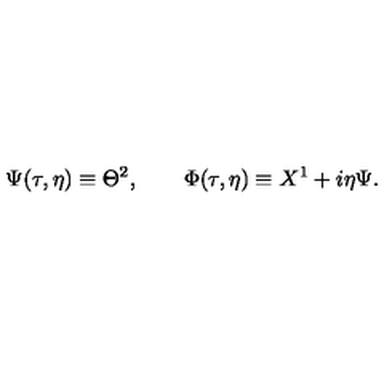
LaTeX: \Psi ( \tau , \eta ) \equiv \Theta ^ { 2 } , \qquad \Phi ( \tau , \eta ) \equiv X ^ { 1 } + i \eta \Psi .